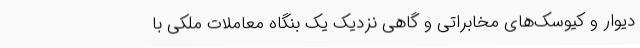
دیوار و کیوسک‌های مخابراتی و گاهی نزدیک یک بنگاه معاملات ملکی با